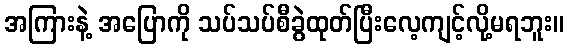
အကြားနဲ့ အပြောကို သပ်သပ်စီခွဲထုတ်ပြီးလေ့ကျင့်လို့မရဘူး။